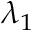
\lambda _ { 1 }